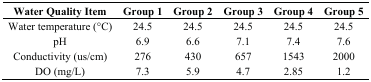
| Water Quality Item | Group 1 | Group 2 | Group 3 | Group 4 | Group 5 |
 | --- | --- | --- | --- | --- | --- |
 | Water temperature (°C) | 24.5 | 24.5 | 24.5 | 24.5 | 24.5 |
 | pH | 6.9 | 6.6 | 7.1 | 7.4 | 7.6 |
 | Conductivity (us/cm) | 276 | 430 | 657 | 1543 | 2000 |
 | DO (mg/L) | 7.3 | 5.9 | 4.7 | 2.85 | 1.2 |